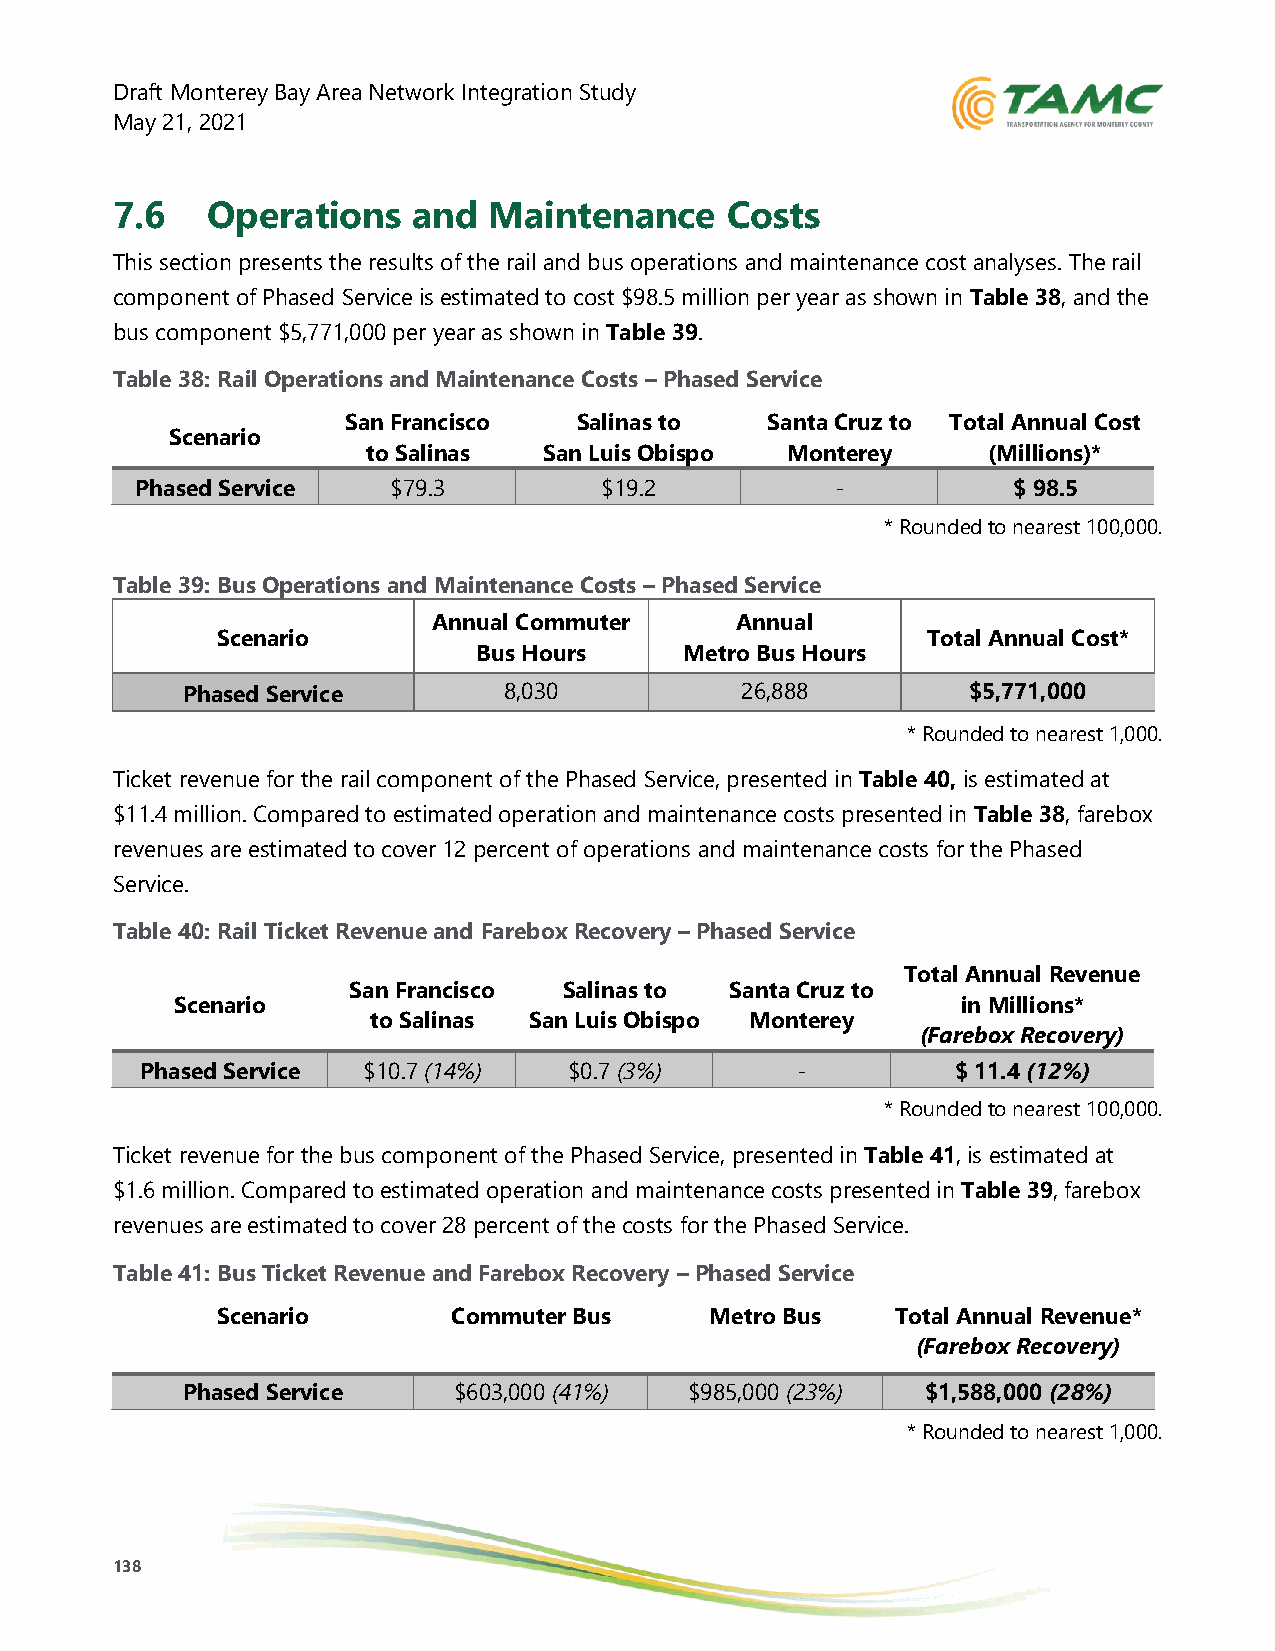
Draft Monterey Bay Area Network Integration Study
 May 21, 2021
 7.6    Operations   and  Maintenance     Costs
 This section presents the results of the rail and bus operations and maintenance cost analyses. The rail
 component of Phased Service is estimated to cost $98.5 million per year as shown in Table 38, and the
 bus component $5,771,000 per year as shown in Table 39.
 Table 38: Rail Operations and Maintenance Costs – Phased Service
 San Francisco  Salinas to   Santa Cruz to Total Annual Cost
 Scenario
 to Salinas  San Luis Obispo Monterey     (Millions)*
 Phased Service   $79.3         $19.2          -           $ 98.5
 * Rounded to nearest 100,000.
 Table 39: Bus Operations and Maintenance Costs – Phased Service
 Annual Commuter     Annual
 Scenario                                       Total Annual Cost*
 Bus Hours    Metro Bus Hours
 Phased Service       8,030           26,888         $5,771,000
 * Rounded to nearest 1,000.
 Ticket revenue for the rail component of the Phased Service, presented in Table 40, is estimated at
 $11.4 million. Compared to estimated operation and maintenance costs presented in Table 38, farebox
 revenues are estimated to cover 12 percent of operations and maintenance costs for the Phased
 Service.
 Table 40: Rail Ticket Revenue and Farebox Recovery – Phased Service
 Total Annual Revenue
 San Francisco Salinas to Santa Cruz to
 Scenario                                            in Millions*
 to Salinas San Luis Obispo Monterey
 (Farebox Recovery)
 Phased Service $10.7 (14%)   $0.7 (3%)      -         $ 11.4 (12%)
 * Rounded to nearest 100,000.
 Ticket revenue for the bus component of the Phased Service, presented in Table 41, is estimated at
 $1.6 million. Compared to estimated operation and maintenance costs presented in Table 39, farebox
 revenues are estimated to cover 28 percent of the costs for the Phased Service.
 Table 41: Bus Ticket Revenue and Farebox Recovery – Phased Service
 Scenario        Commuter Bus     Metro Bus   Total Annual Revenue*
 (Farebox Recovery)
 Phased Service    $603,000 (41%)  $985,000 (23%) $1,588,000 (28%)
 * Rounded to nearest 1,000.
 138